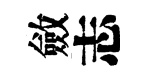
斂志